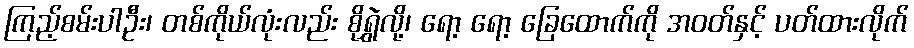
ကြည့်စမ်းပါဦး၊ တစ်ကိုယ်လုံးလည်း စိုရွှဲလို့၊ ရော့ ရော့ ခြေထောက်ကို အဝတ်နှင့် ပတ်ထားလိုက်